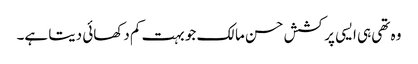
وہ تھی ہی ایسی پرکشش حسن مالک جو بہت کم دکھائی دیتا ہے۔